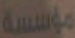
مؤسسة